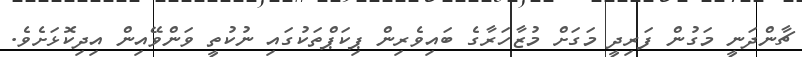
ޗާންދަނީ މަގުން ފަރިދީ މަގަށް މުޒާހަރާގެ ބައިވެރިން ޕިކަޕްތަކުގައި ނުކުތީ ވަންވޭއިން އިދިކޮޅަށެވެ.